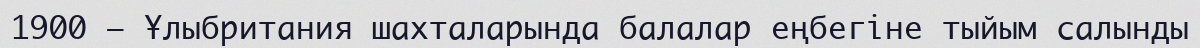
1900 — Ұлыбритания шахталарында балалар еңбегiне тыйым салынды